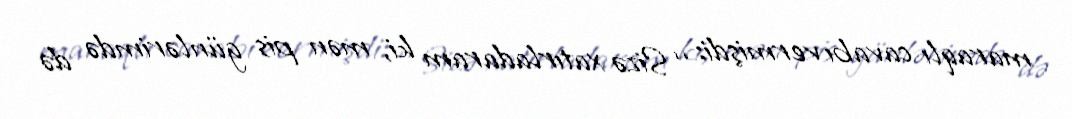
maraqlı cavabı vermişdi: ‘‘Sizə xatırladaram ki, mən pis günlərimdə də